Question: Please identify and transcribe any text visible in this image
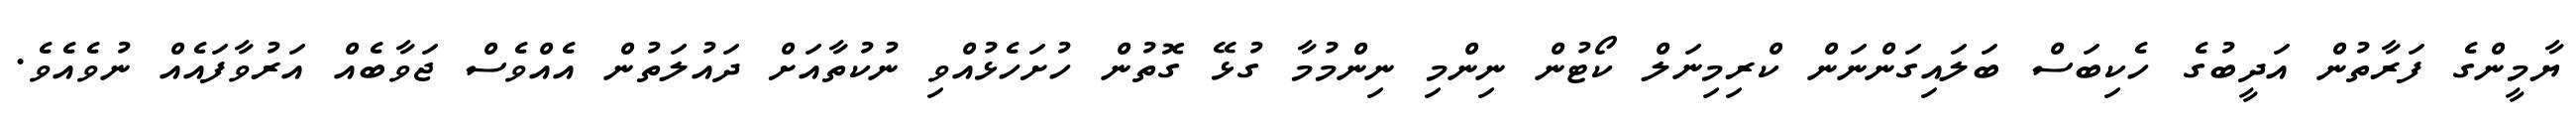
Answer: ޔާމީންގެ ފަރާތުން އަދީބުގެ ހެކިބަސް ބަލައިގަންނަން ކްރިމިނަލް ކޯޓުން ނިންމި ނިންމުމާ ގުޅޭ ގޮތުން ހުށަހެޅުއްވި ނުކުތާއަށް ދައުލަތުން އެއްވެސް ޖަވާބެއް އަރުވާފައެއް ނުވެއެވެ.